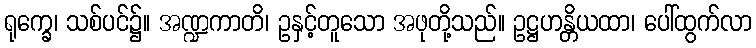
ရုက္ခေ၊ သစ်ပင်၌။ အဏ္ဍကာတိ၊ ဥနှင့်တူသော အဖုတို့သည်။ ဥဋ္ဌဟန္တိယထာ၊ ပေါ်ထွက်လာ